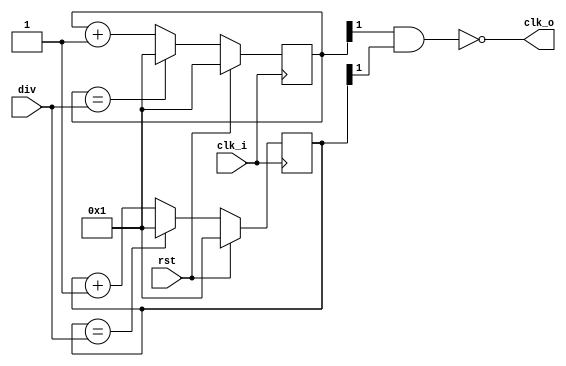
`timescale 1ns / 1ps
//////////////////////////////////////////////////////////////////////////////////
// Company: 
// Engineer: 
// 
// Design Name: 
// Module Name: clock_divider
// Project Name: 
// Target Devices: 
// Tool Versions: 
// Description: 
// 
// Dependencies: 
// 
// Revision:
// Revision 0.01 - File Created
// Additional Comments:
// 
//////////////////////////////////////////////////////////////////////////////////


module clock_divider(
    input clk_i,
    input [3:0] div,
    input rst,
    output [0:0] clk_o
    );
reg [3:0] p_div;
reg [3:0] n_div;
assign clk_o= !(p_div[1] & n_div[1]);
always @ (posedge clk_i)
begin
    if (rst == 1) 
    begin
        p_div<=4'b0001;
    end
    else
    begin
        if (p_div==div)
        begin
            p_div<=4'b0001;
        end
        else
        begin
            p_div<=p_div+4'b0001;
        end
    end   
end

always @ (negedge clk_i)
begin
    if (rst == 1) 
    begin
        n_div<=4'b0001;
    end
    else
    begin
        if (n_div==div)
        begin
            n_div<=4'b0001;
        end
        else
        begin
            n_div<=n_div+4'b0001;
        end
    end   
end


endmodule